V__Kingissepa_nim__kolhoos, lk 4
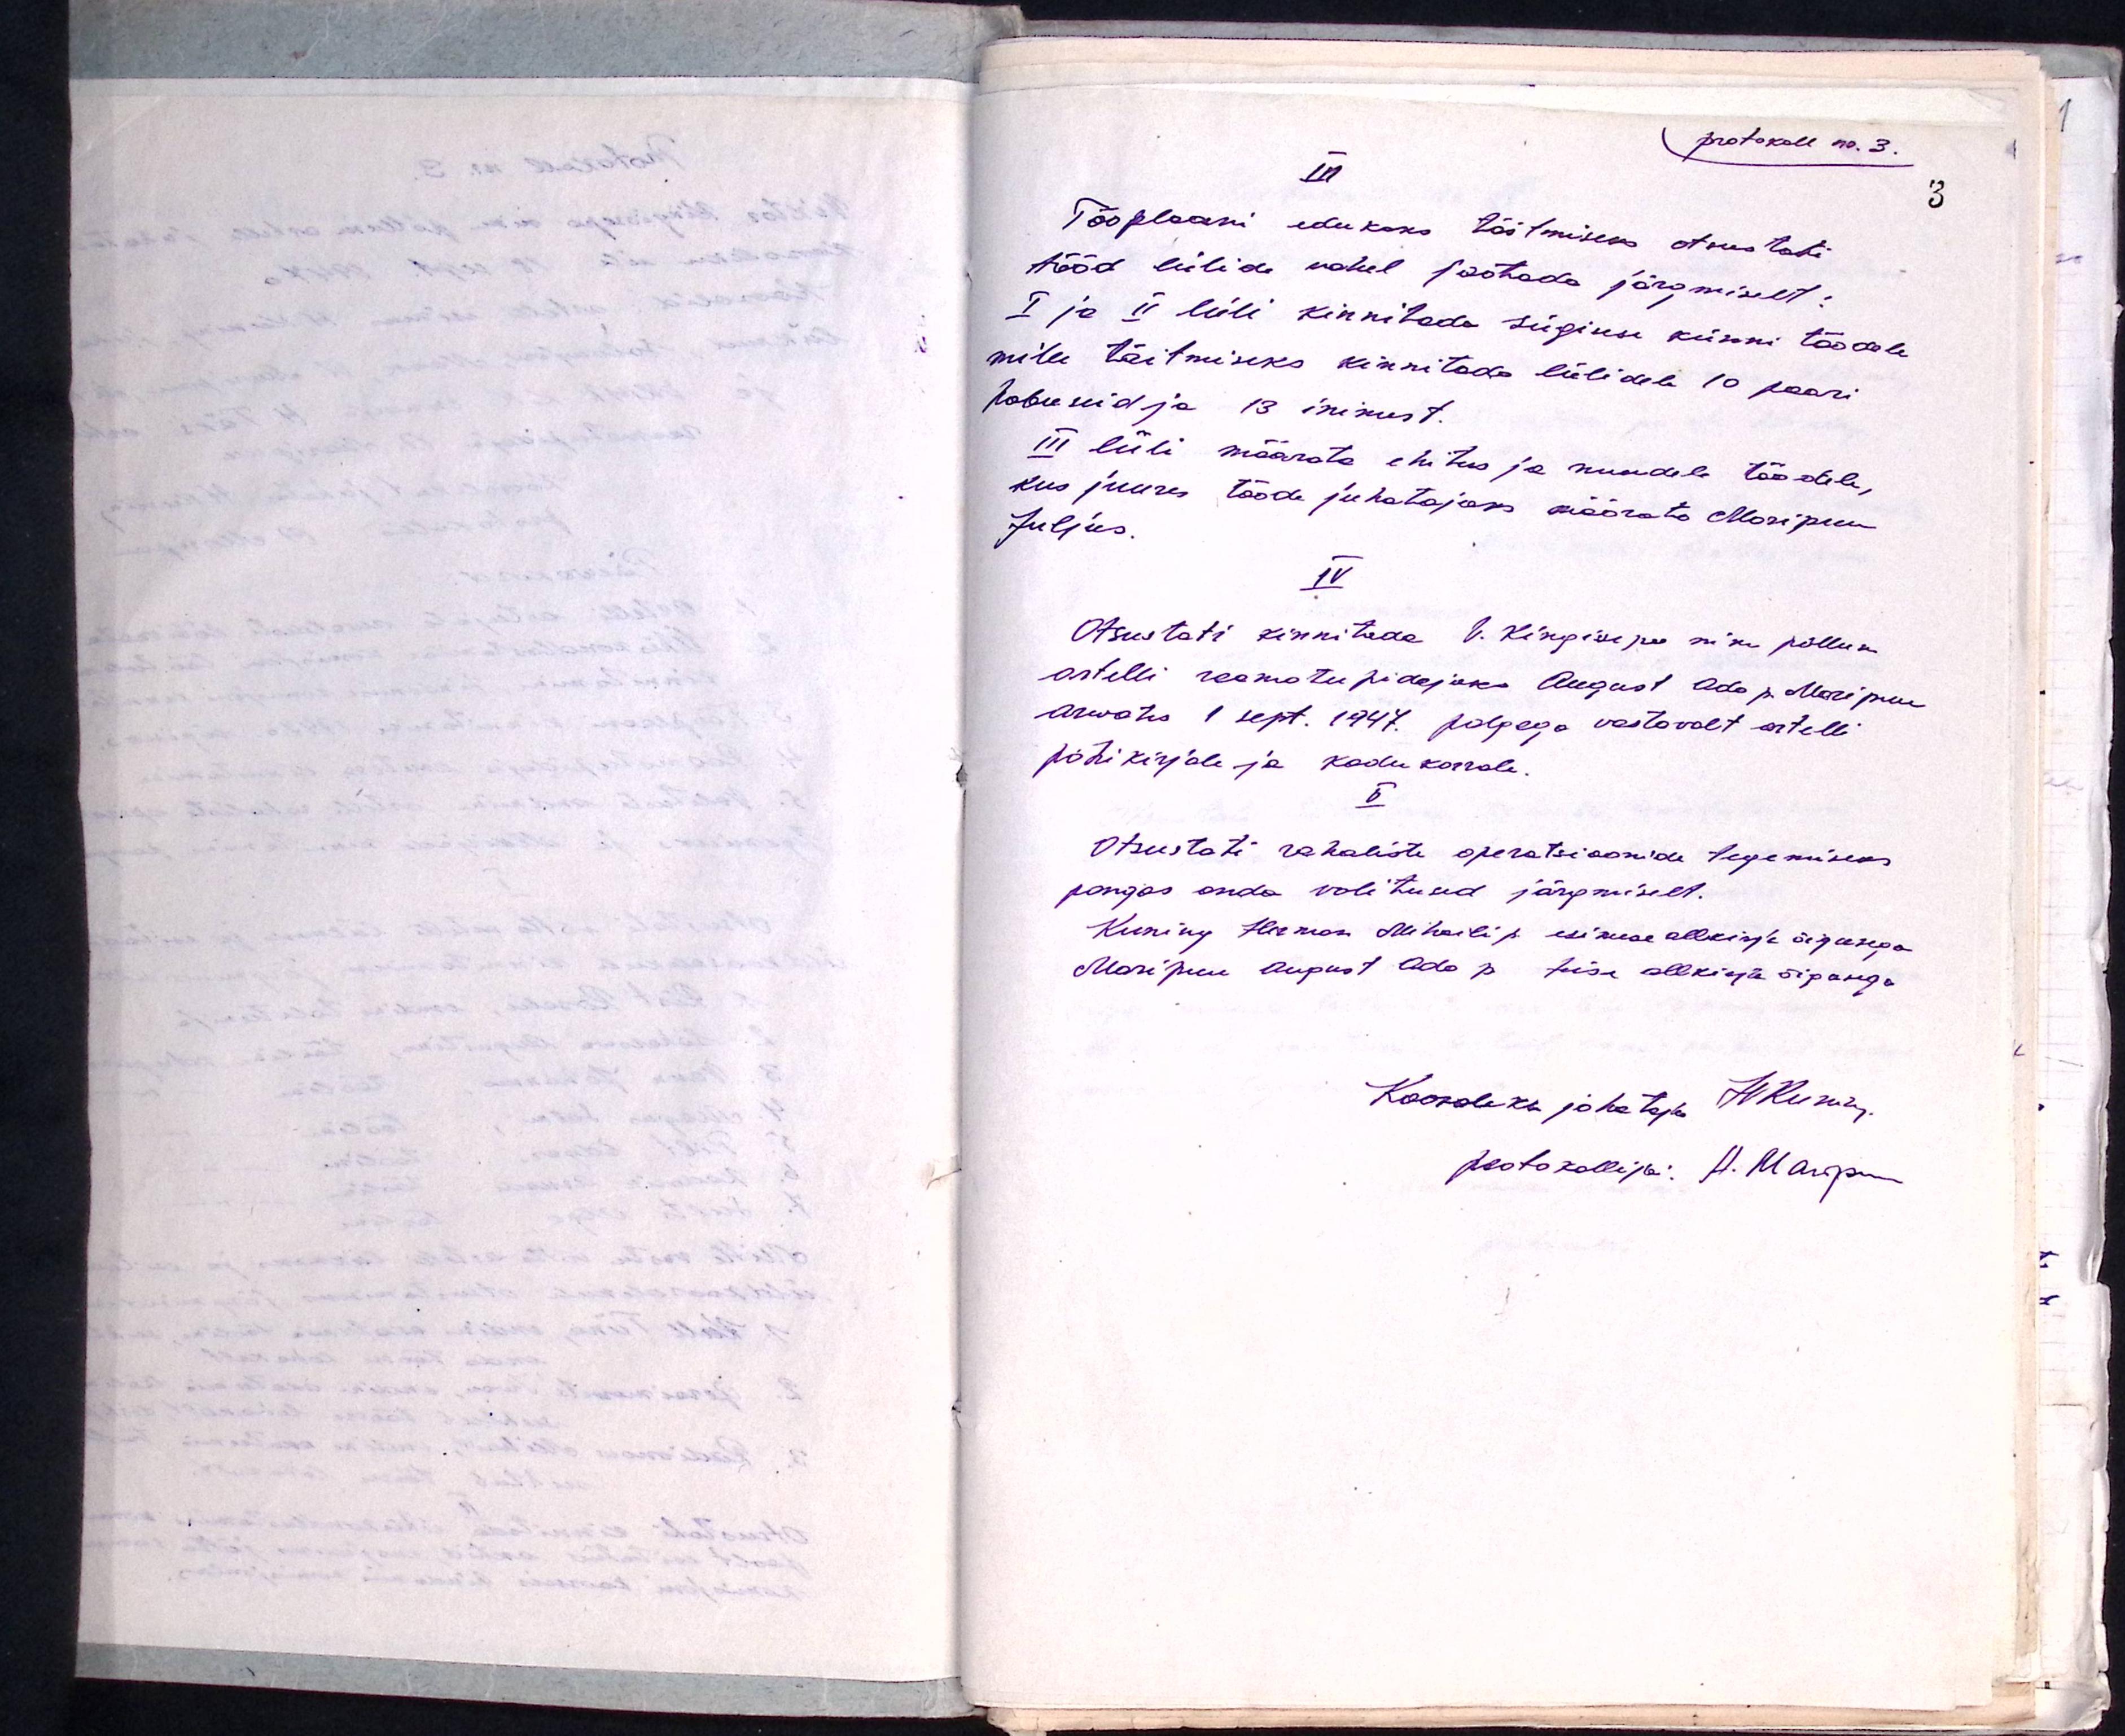
III
protokoll nr. 3.
Tööplaani edukaks täitmiseks otsustati
tööd lülide vahel jaotada järgmiselt:
I ja II lüli kinnitada sügiseks künni töödele
mitte täitmiseks kinnitada lülidele 10 paari
hobuseid ja 13 inimest.
III lüli määrata ehitus ja muudele töödele,
kus juures tööde juhatajaks määrata Maripuu
Julius.
IV
Otsustati kinnitada V. Kingissepa nim põllum.
artelli raamatupidajaks August Ado p. Maripuu
arwates 1 sept. 1947. palgaga vastavalt artelli
põhikirjale ja kodukorrale.
V
Otsustati rahaliste operatsioonide tegemiseks
pangas anda volitused järgmiselt.
Kuning Herman Mihaili p. esimese allkirja õigusega
Maripuu August Ado p teise allkirja õigusega
Koosoleku juhataja H. Kuning
protokollija: H. Maripu